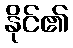
နိုင်၏